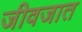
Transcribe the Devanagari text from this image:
जीवजात